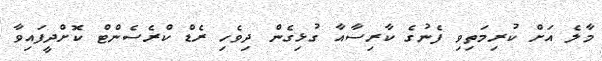
މާލެ އަށް ކުރިމަތިވި ފެނުގެ ކާރިސާއާ ގުޅިގެން ދިވެހި ރެޑް ކްރެސެންޓް ކޮށްދީފައިވާ